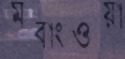
মবাংওয়া